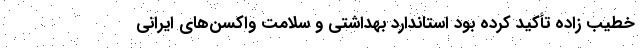
خطیب زاده تأکید کرده بود استاندارد بهداشتی و سلامت واکسن‌های ایرانی